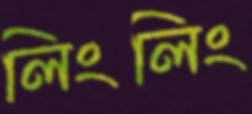
লিংলিং